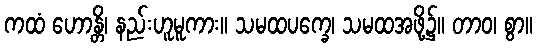
ကထံ ဟောန္တိ၊ နည်းဟူမူကား။ သမထပက္ခေ၊ သမထအဖို့၌။ တာဝ၊ စွာ။